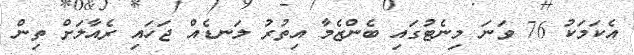
އެކަމަކު 76 ވަނަ މިނެޓުގައި ބެންޒެމާ އިތުރު ލަނޑެއް ޖަހައި ރެއާލަށް ތިން